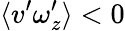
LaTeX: \langle v^{\prime}\omega_{z}^{\prime}\rangle<0